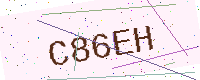
Text: C86EH